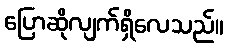
ပြောဆိုလျက်ရှိလေသည်။